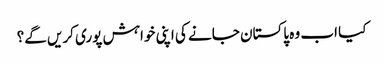
کیا اب وہ پاکستان جانے کی اپنی خواہش پوری کریں گے؟